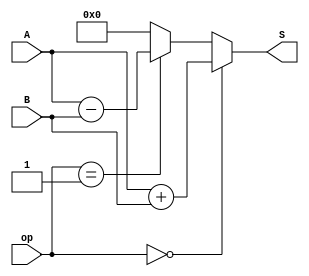
module alu_7bits (
    input[7:0] A,B,
    input[2:0] op,
    output reg[7:0] S
);

always @(A or B or op) begin
    if(op==3'b000)
        S=A+B;
    else if(op==3'b001)
        S=A-B;
    else
        S=0; 
end
    
endmodule